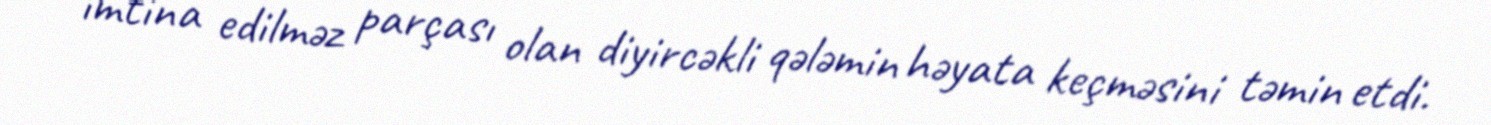
imtina edilməz parçası olan diyircəkli qələmin həyata keçməsini təmin etdi.